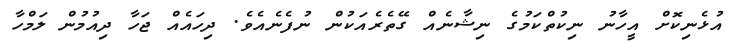
އުޅެނިކޮށް އީހާނު ނިކުތްކަމުގެ ނިޝާނެއް ގޭތެރެއަކުން ނުފެނެއެވެ. ދިހައެއް ޖަހާ ދިއުމުން ލަމްހާ